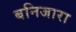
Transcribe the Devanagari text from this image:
बनिजारा